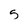
Character: 5